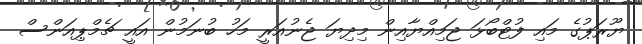
ޔޫރަޕުގެ މައި ފުޓްބޯޅަ ޖަމިއްޔާއިން މިދިޔަ ޖެނުއަރީ މަހު ބުނަމުން އައީ ޗެމްޕިއަންސް